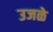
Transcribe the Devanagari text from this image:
उजळे